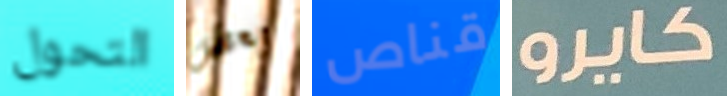
التحول بعض قناص كايرو